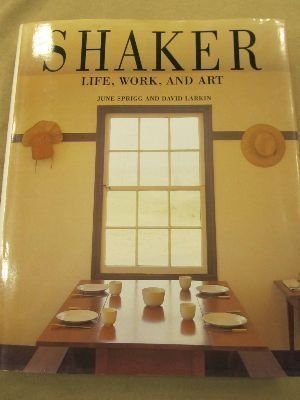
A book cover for Shaker: Life, Work, and Art; June Sprigg; Christian Books & Bibles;